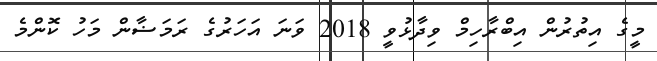
މީގެ އިތުރުން އިބްރާހިމް ވިދާޅުވީ 2018 ވަނަ އަހަރުގެ ރަމަޟާން މަހު ކޮންމެ